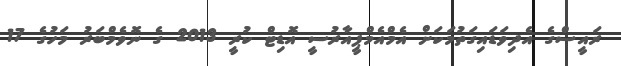
ރައީސްގެ އެދިވަޑައިގަތުމަކަށް އެމްއެމްޕީއާރުސީ އޮޑިޓް ކުރީ 2013 ގެ ނޮވެމްބަރު މަހުގެ 17